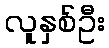
လူနှစ်ဦး